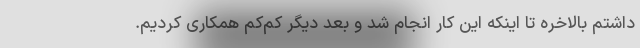
داشتم بالاخره تا اینکه این کار انجام شد و بعد دیگر کم‌کم همکاری کردیم.